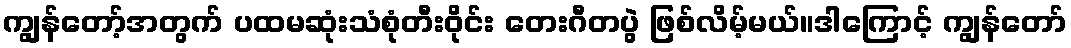
ကျွန်တော့်အတွက် ပထမဆုံးသံစုံတီးဝိုင်း တေးဂီတပွဲ ဖြစ်လိမ့်မယ်။ဒါကြောင့် ကျွန်တော်